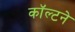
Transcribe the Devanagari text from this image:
कॉल्टने